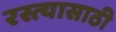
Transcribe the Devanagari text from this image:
रस्त्यासाठी